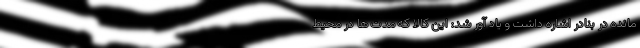
مانده در بنادر اشاره داشت و یاد آور شد: این کالا که مدت ها در محیط